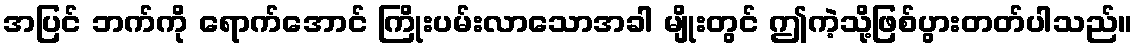
အပြင် ဘက်ကို ရောက်အောင် ကြိုးပမ်းလာသောအခါ မျိုးတွင် ဤကဲ့သို့ဖြစ်ပွားတတ်ပါသည်။